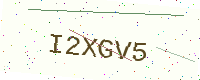
Text: I2XGV5